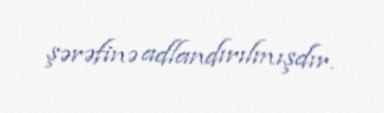
şərəfinə adlandırılmışdır.